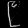
Digit: ၉